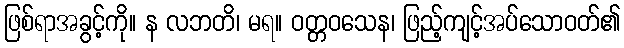
ဖြစ်ရာအခွင့်ကို။ န လဘတိ၊ မရ။ ဝတ္တဝသေန၊ ဖြည့်ကျင့်အပ်သောဝတ်၏